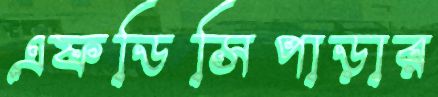
এফডিসিপাড়ার